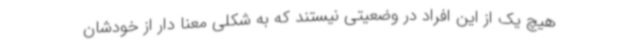
هیچ یک از این افراد در وضعیتی نیستند که به شکلی معنا دار از خودشان